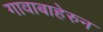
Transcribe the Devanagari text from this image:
गावाबाहेरुन